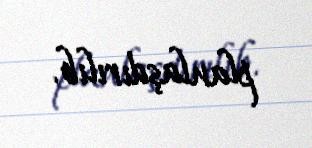
planlaşdırılıb.